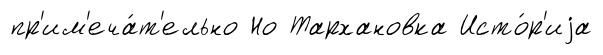
пр'им'еча́т'ельно Но Тархановка Исто́р'иjа